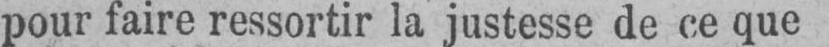
pour faire ressortir la justesse de ce que